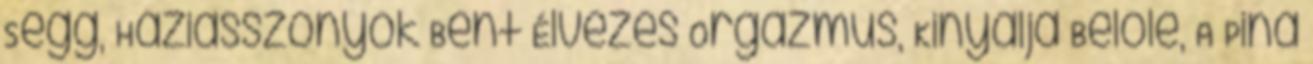
Segg, Háziasszonyok Bent Élvezés Orgazmus, Kinyalja Belőle, A Pina